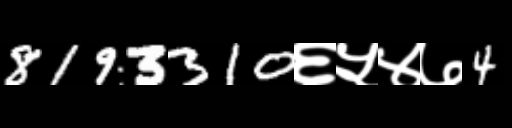
Text: 8193310६५४७4